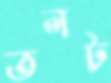
তলট